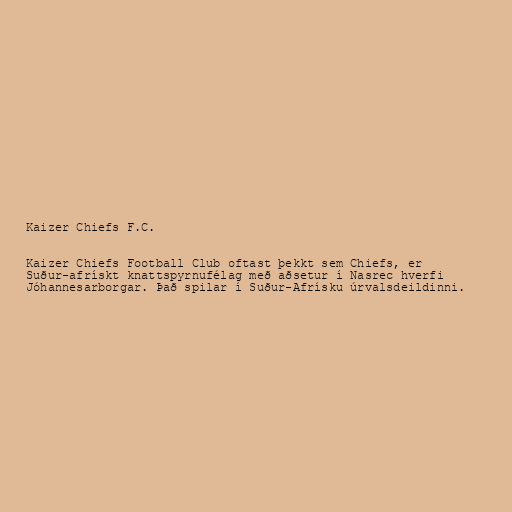
Kaizer Chiefs F.C.

Kaizer Chiefs Football Club oftast þekkt sem Chiefs, er
Suður-afrískt knattspyrnufélag með aðsetur í Nasrec hverfi
Jóhannesarborgar. Það spilar í Suður-Afrísku úrvalsdeildinni.